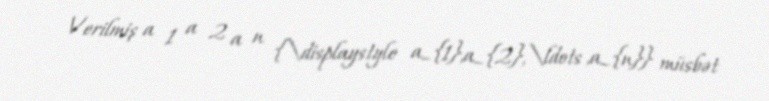
Verilmiş a 1 a 2 a n {\displaystyle a_{1},a_{2},\ldots ,a_{n}} müsbət